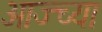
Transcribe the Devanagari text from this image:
आज्च्या